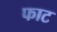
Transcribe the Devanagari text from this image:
फाट